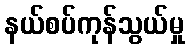
နယ်စပ်ကုန်သွယ်မှု